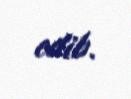
edib.